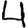
Digit: 4